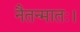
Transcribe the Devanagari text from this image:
नैतन्मातः।